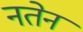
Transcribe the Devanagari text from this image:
नतेन